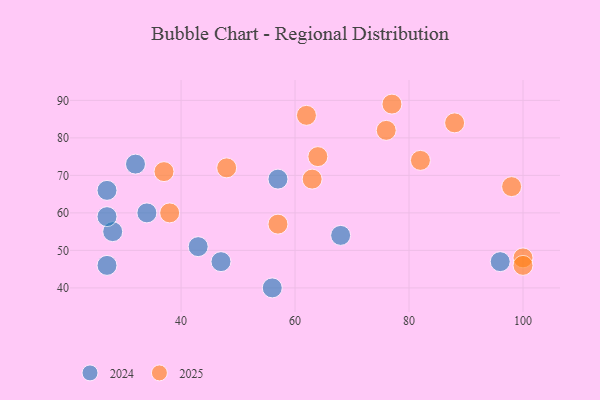
{"axis": {"x": "GDP", "y": "Life Expectancy"}, "legend": ["2024", "2025"], "data": [{"x": "32", "y": 73, "type": "2024"}, {"x": "56", "y": 40, "type": "2024"}, {"x": "27", "y": 46, "type": "2024"}, {"x": "34", "y": 60, "type": "2024"}, {"x": "68", "y": 54, "type": "2024"}, {"x": "28", "y": 55, "type": "2024"}, {"x": "43", "y": 51, "type": "2024"}, {"x": "96", "y": 47, "type": "2024"}, {"x": "27", "y": 66, "type": "2024"}, {"x": "27", "y": 59, "type": "2024"}, {"x": "57", "y": 69, "type": "2024"}, {"x": "47", "y": 47, "type": "2024"}, {"x": "62", "y": 86, "type": "2025"}, {"x": "100", "y": 48, "type": "2025"}, {"x": "82", "y": 74, "type": "2025"}, {"x": "100", "y": 46, "type": "2025"}, {"x": "98", "y": 67, "type": "2025"}, {"x": "76", "y": 82, "type": "2025"}, {"x": "57", "y": 57, "type": "2025"}, {"x": "64", "y": 75, "type": "2025"}, {"x": "48", "y": 72, "type": "2025"}, {"x": "37", "y": 71, "type": "2025"}, {"x": "88", "y": 84, "type": "2025"}, {"x": "63", "y": 69, "type": "2025"}, {"x": "38", "y": 60, "type": "2025"}, {"x": "77", "y": 89, "type": "2025"}]}